Report on the nature of kala-azar
Disease focus: Kala-Azar
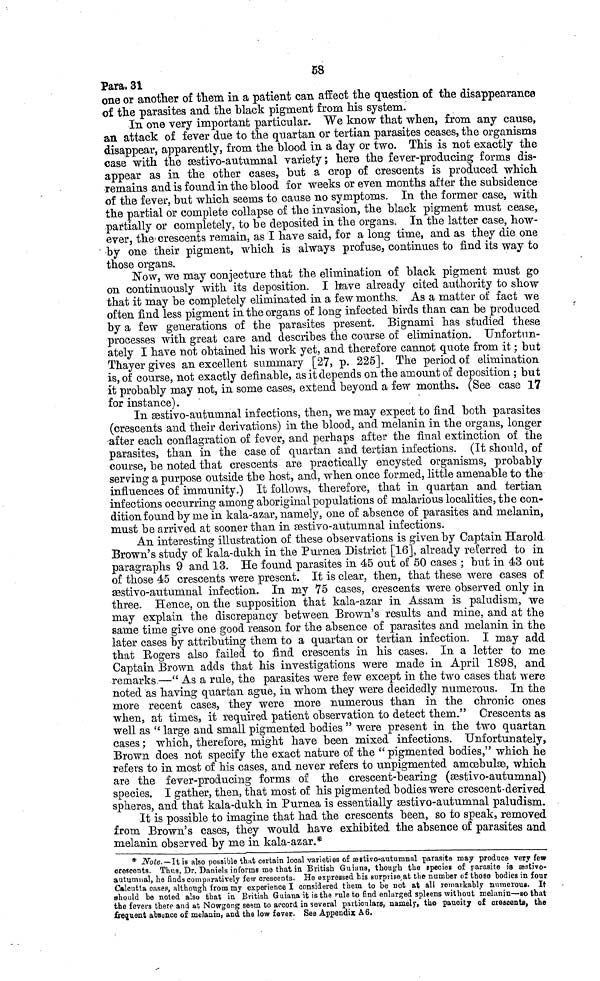
58
Para. 31
one or another of them in a patient can affect the question of the disappearance
of the parasites and the black pigment from his system.
In one very important particular. We know that when, from any cause,
an attack of fever due to the quartan or tertian parasites ceases, the organisms
disappear, apparently, from the blood in a day or two. This is not exactly the
case with the æstivo-autumnal variety ; here the fever-producing forms dis-
appear as in the other cases, but a crop of crescents is produced which
remains and is found in the blood for weeks or even months after the subsidence
of the fever, but which seems to cause no symptoms. In the former case, with
the partial or complete collapse of the invasion, the black pigment must cease,
partially or completely, to be deposited in the organs. In the latter case, how-
ever, the crescents remain, as I have said, for a long time, and as they die one
by one their pigment, which is always profuse, continues to find its way to
those organs.
Now, we may conjecture that the elimination of black pigment must go
on continuously with its deposition. I have already cited authority to show
that it may be completely eliminated in a few months. As a matter of fact we
often find less pigment in the organs of long infected birds than can be produced
by a few generations of the parasites present. Bignami has studied these
processes with great care and describes the course of elimination. Unfortun-
ately I have not obtained his work yet, and therefore cannot quote from it ; but
Thayer gives an excellent summary [27, p. 225]. The period of elimination
is, of course, not exactly definable, as it depends on the amount of deposition ; but
it probably may not, in some cases, extend beyond a few months. (See case 17
for instance).
In æstivo-autumnal infections, then, we may expect to find both parasites
(crescents and their derivations) in the blood, and melanin in the organs, longer
after each conflagration of fever, and perhaps after the final extinction of the
parasites, than in the case of quartan and tertian infections. (It should, of
course, be noted that crescents are practically encysted organisms, probably
serving a purpose outside the host, and, when once formed, little amenable to the
influences of immunity.) It follows, therefore, that in quartan and tertian
infections occurring among aboriginal populations of malarious localities, the con-
dition found by me in kala-azar, namely, one of absence of parasites and melanin,
must be arrived at sooner than in æstivo-autumnal infections.
An interesting illustration of these observations is given by Captain Harold
Brown's study of kala-dukh in the Purnea District [16], already referred to in
paragraphs 9 and 13. He found parasites in 45 out of 50 cases ; but in 43 out
of those 45 crescents were present. It is clear, then, that these were cases of
æstivo-autumnal infection. In my 75 cases, crescents were observed only in
three. Hence, on the supposition that kala-azar in Assam is paludism, we
may explain the discrepancy between Brown's results and mine, and at the
same time give one good reason for the absence of parasites and melanin in the
later cases by attributing them to a quartan or tertian infection. I may add
that Rogers also failed to find crescents in his cases. In a letter to me
Captain Brown adds that his investigations were made in April 1898, and
remarks —" As a rule, the parasites were few except in the two cases that were
noted as having quartan ague, in whom they were decidedly numerous. In the
more recent cases, they were more numerous than in the chronic ones
when, at times, it required patient observation to detect them." Crescents as
well as " large and small pigmented bodies " were present in the two quartan
cases ; which, therefore, might have been mixed infections. Unfortunately,
Brown does not specify the exact nature of the "pigmented bodies," which he
refers to in most of his cases, and never refers to unpigmented amœbulæ, which
are the fever-producing forms of the crescent-bearing (æstivo-autumnal)
species. I gather, then, that most of his pigmented bodies were crescent-derived
spheres, and that kala-dukh in Purnea is essentially æstivo-autumnal paludism.
It is possible to imagine that had the crescents been, so to speak, removed
from Brown's cases, they would have exhibited the absence of parasites and
melanin observed by me in kala-azar.*
* Note.—It is also possible that certain local varieties of æstivo-autumnal parasite may produce very few
crescents. Thus, Dr. Daniels informs me that in British Guiana, though the species of parasite is æstivo-
autumnal, he finds comparatively few crescents. He expressed his surprise at the number of those bodies in four
Calcutta oases, although from my experience I considered them to be not at all remarkably numerous. It
should he noted also that in British. Guiana it is the rule to find enlarged spleens without melanin—so that
the fevers there and at Nowgong seem to accord in several particulars, namely, the paucity of crescents, the
frequent absence of melanin, and the low fever. See Appendix A 6.